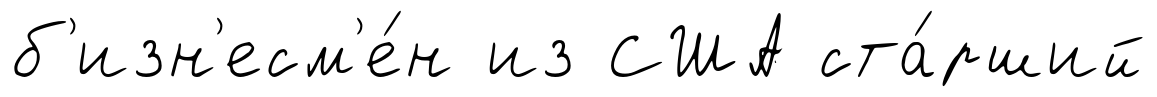
б'изн'есм'е́н из США ста́рший